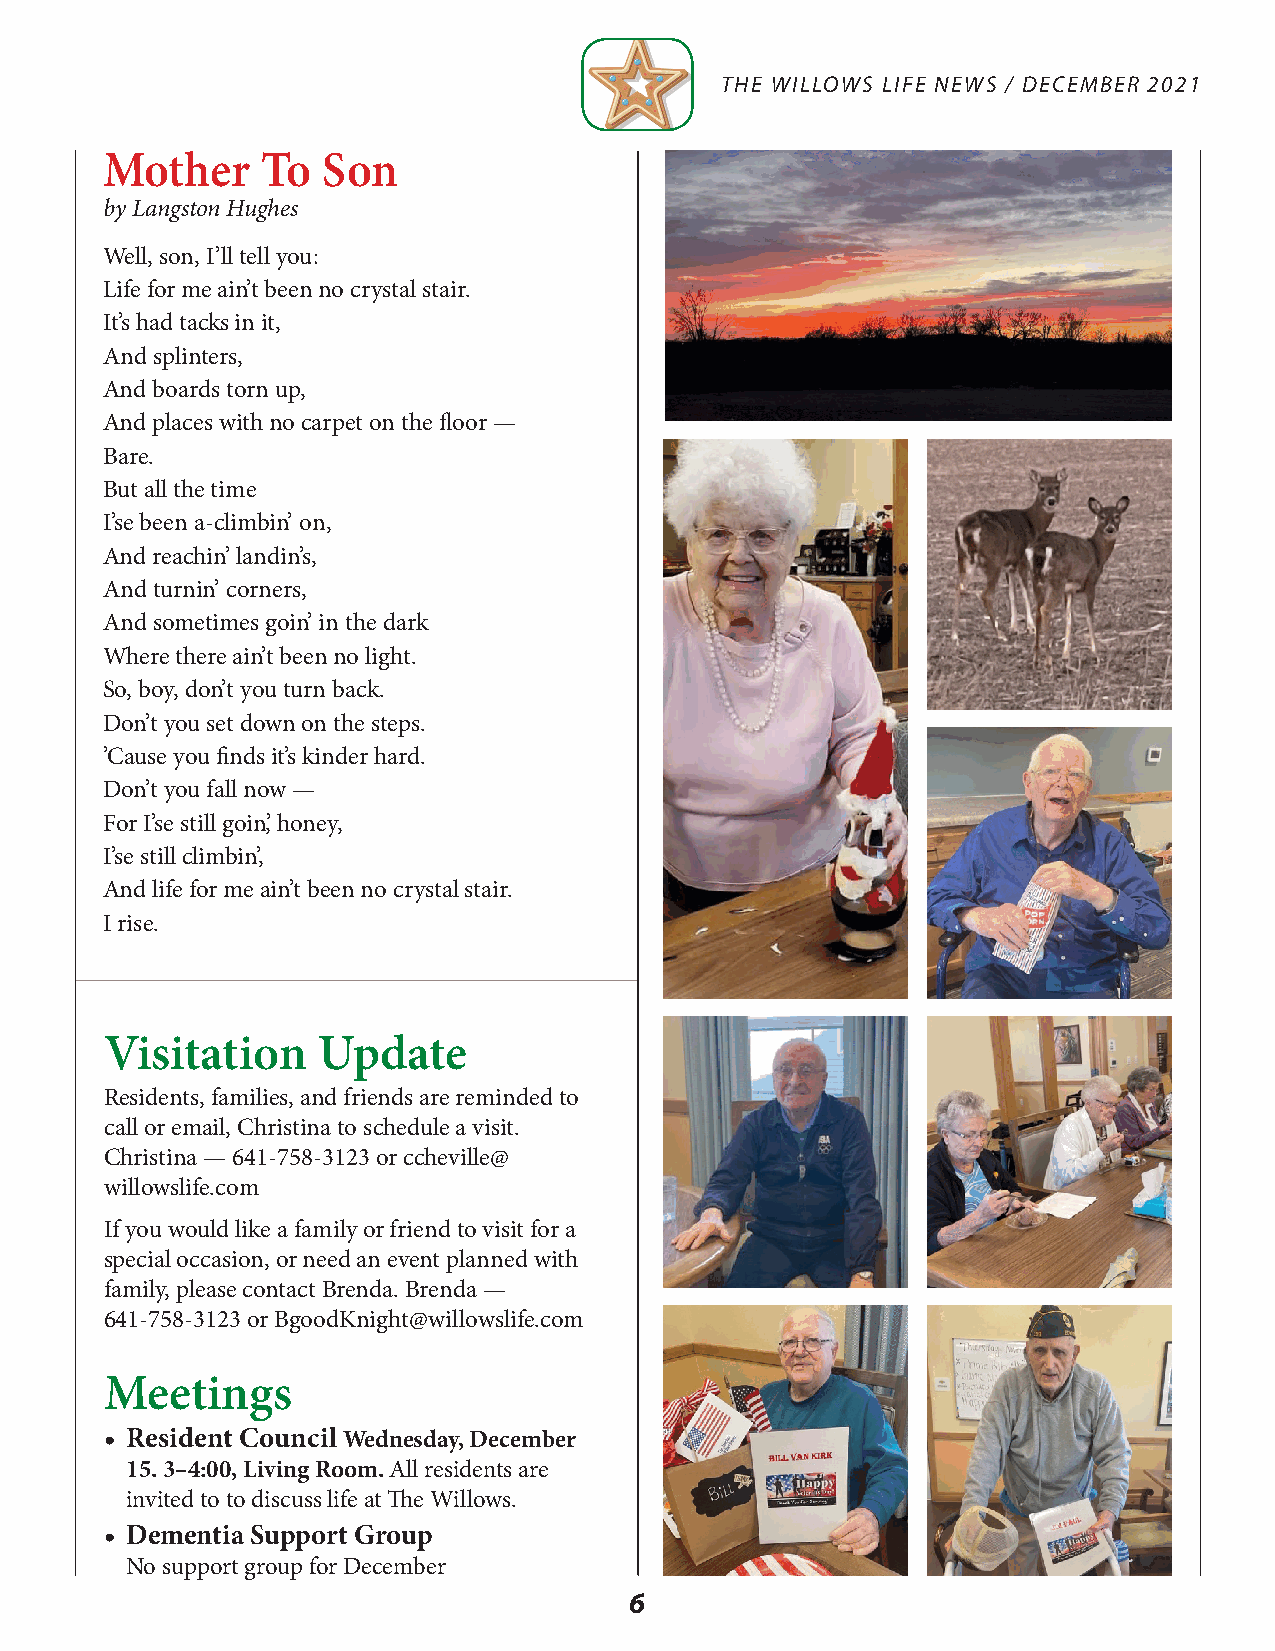
THE WILLOWS LIFE NEWS / DECEMBER 2021
 Mother    To  Son
 by Langston Hughes
 Well, son, I’ll tell you:
 Life for me ain’t been no crystal stair.
 It’s had tacks in it,
 And splinters,
 And boards torn up,
 And places with no carpet on the floor —
 Bare.
 But all the time
 I’se been a-climbin’ on,
 And reachin’ landin’s,
 And turnin’ corners,
 And sometimes goin’ in the dark
 Where there ain’t been no light.
 So, boy, don’t you turn back.
 Don’t you set down on the steps.
 ’Cause you finds it’s kinder hard.
 Don’t you fall now —
 For I’se still goin’, honey,
 I’se still climbin’,
 And life for me ain’t been no crystal stair.
 I rise.
 Visitation    Update
 Residents, families, and friends are reminded to
 call or email, Christina to schedule a visit.
 Christina — 641-758-3123 or ccheville@
 willowslife.com
 If you would like a family or friend to visit for a
 special occasion, or need an event planned with
 family, please contact Brenda. Brenda —
 641-758-3123 or BgoodKnight@willowslife.com
 Meetings
 • Resident Council Wednesday, December
 15. 3–4:00, Living Room. All residents are
 invited to to discuss life at The Willows.
 • Dementia Support Group
 No support group for December
 6